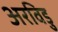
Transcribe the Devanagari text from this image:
अरविडु